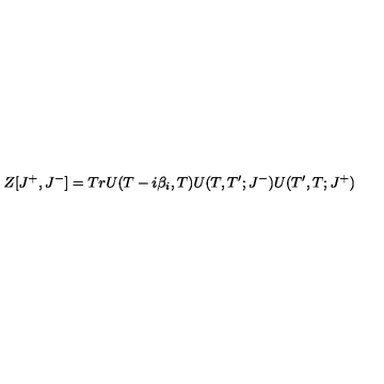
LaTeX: Z [ J ^ { + } , J ^ { - } ] = T r U ( T - i \beta _ { i } , T ) U ( T , T ^ { \prime } ; J ^ { - } ) U ( T ^ { \prime } , T ; J ^ { + } )